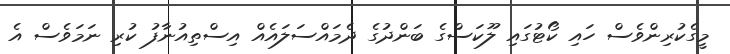
މީގެކުރިންވެސް ހައި ކޯޓުގައި ލޫކަސްގެ ބަންދުގެ ދެމައްސަލައެއް އިސްތިއުނާފު ކުރި ނަމަވެސް އެ